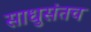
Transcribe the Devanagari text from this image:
साधुसंतच